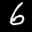
Label: 6